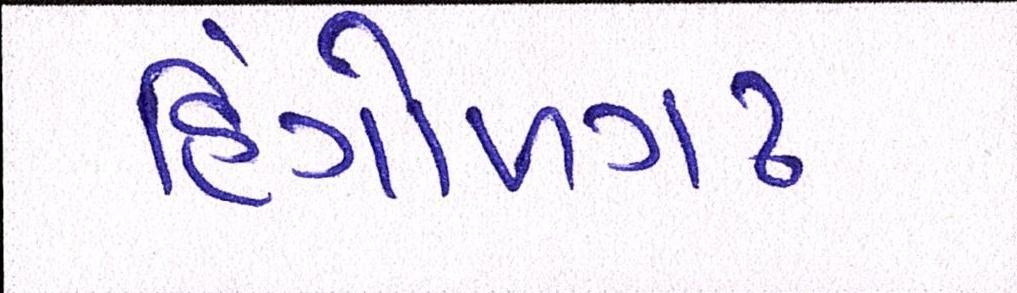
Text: હિંગોળગઢ